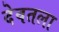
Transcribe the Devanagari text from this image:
देवतला